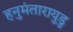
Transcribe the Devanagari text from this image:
हनुमंतारायुडु